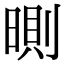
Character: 𣉇